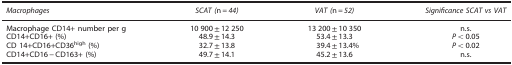
| Macrophages | SCAT (n=44) | VAT (n=52) | Significance SCAT vs VAT |
 | --- | --- | --- | --- |
 | Macrophage CD14+ number per g | 10 900±12 250 | 13 200±10 350 | n.s. |
 | CD14+CD16+ (%) | 48.9±14.3 | 53.4±13.3 | P<0.05 |
 | CD 14+CD16+CD36high (%) | 32.7±13.8 | 39.4±13.4% | P<0.02 |
 | CD14+CD16−CD163+ (%) | 49.7±14.1 | 45.2±13.6 | n.s. |